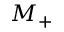
M _ { + }